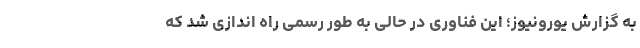
به گزارش یورونیوز؛ این فناوری در حالی به طور رسمی راه اندازی شد که